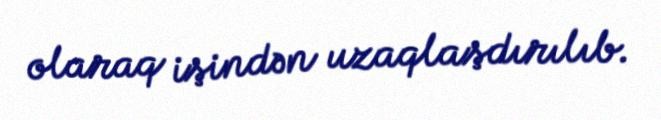
olaraq işindən uzaqlaşdırılıb.